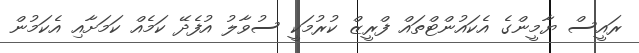
ރައީސް ޔާމީންގެ އެކައުންޓްތައް ފްރީޒް ކުރުމަކީ ސުވާލު އުފެދޭ ކަމެއް ކަމަށާއި އެކަމުން